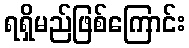
ရရှိမည်ဖြစ်ကြောင်း